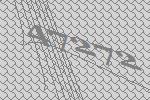
47272